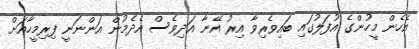
އެހެން މީހުންގެ އުފަލުގައި ބައިވެރިވާ އިރު އޭނާ އަދިވެސް އެދެމުން އަންނަނީ ފިރިމީހާއަށް